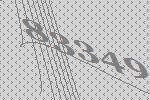
83349